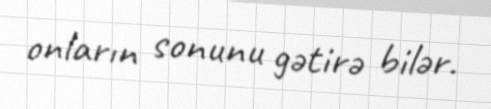
onların sonunu gətirə bilər.